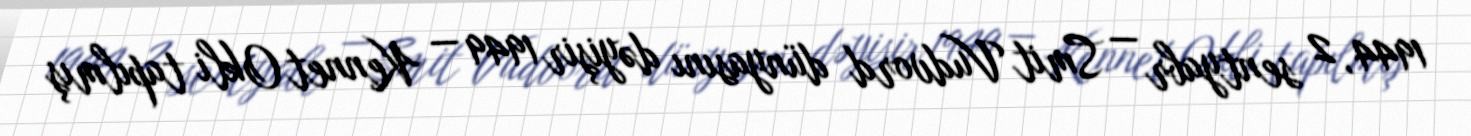
1944, 2 sentyabr — Smit Vudvord dünyasını dəyişir 1949 — Kennet Okli tapılmış